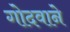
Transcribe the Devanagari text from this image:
गोदवाने